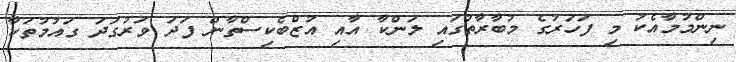
ނިންމުމާއެކު މި ފަހަރުގެ މުބާރާތުގައި ލަންކާ އާއި އުޒްބެކިސްތާން ފަދަ ވަރުގަދަ ގައުމުތަކާ